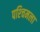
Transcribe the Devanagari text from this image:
पश्‍चिमला